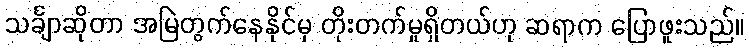
သင်္ချာဆိုတာ အမြဲတွက်နေနိုင်မှ တိုးတက်မှုရှိတယ်ဟု ဆရာက ပြောဖူးသည်။